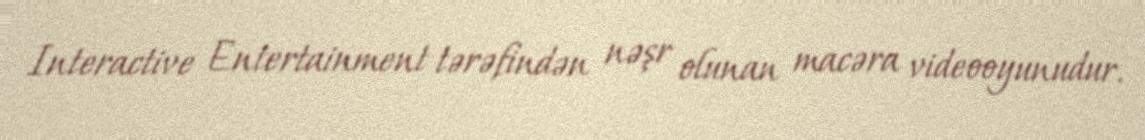
Interactive Entertainment tərəfindən nəşr olunan macəra videooyunudur.